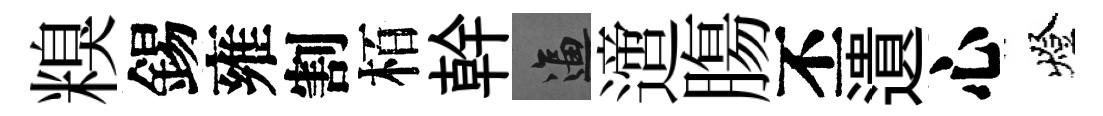
糗錫雍割栢幹逼𨗁膓丕遺心燈